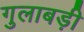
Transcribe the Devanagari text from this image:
गुलाबड़ी